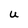
Character: U